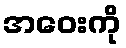
အဝေးကို